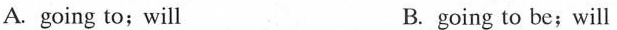
A. going to; will B. going to be;will